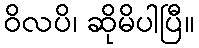
ဝိလပိ၊ ဆိုမိပါပြီ။